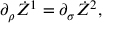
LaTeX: \partial _ { \rho } \dot { Z } ^ { 1 } = \partial _ { \sigma } \dot { Z } ^ { 2 } ,